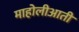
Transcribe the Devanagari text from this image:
माहोलीआती